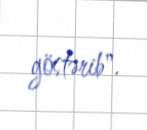
göstərib".